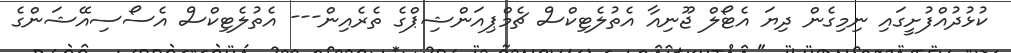
ކުޅުދުއްފުށީގައި ނިމިގެން ދިޔަ އެޓޯލް ޖޫނިއާ އެތުލެޓިކްސް ޗެމްޕިއަންޝިޕްގެ ތެރެއިން--- އެތުލެޓިކްސް އެސޯސިއޭޝަންގެ